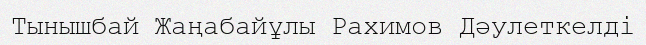
Тынышбай Жаңабайұлы Рахимов Дәулеткелді